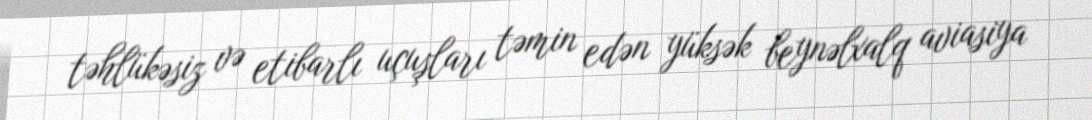
təhlükəsiz və etibarlı uçuşları təmin edən yüksək beynəlxalq aviasiya